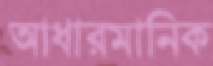
আধারমানিক